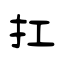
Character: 扛